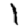
Digit: 1